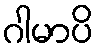
ဂါမာပိ